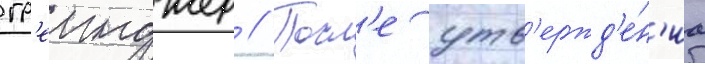
гр'еинджер // Посл'е утв'ержд'е́н'иа